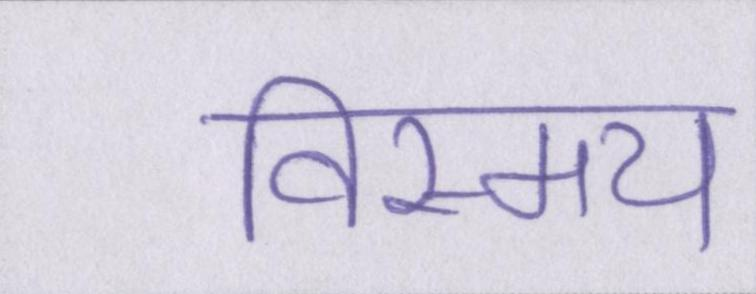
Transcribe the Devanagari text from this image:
विस्मय